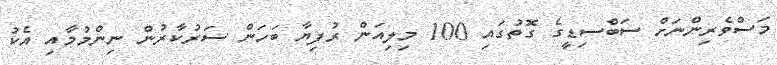
މަސްވެރިންނަށް ސަބްސިޑީގެ ގޮތުގައި 100 މިލިއަން ރުފިޔާ ބަހަން ސަރުކާރުން ނިންމުމާއި އެކު